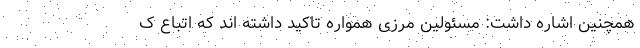
همچنین اشاره داشت: مسئولین مرزی همواره تاکید داشته اند که اتباع ک